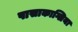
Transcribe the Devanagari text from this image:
पासाकाग्लिया